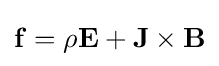
\mathbf {f} =\rho \mathbf {E} +\mathbf {J} \times \mathbf {B} \,\!